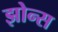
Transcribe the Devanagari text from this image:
झोन्स